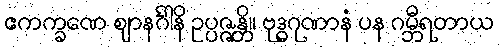
ဧကက္ခဏေ ဈာနင်္ဂါနိ ဥပ္ပဇ္ဇန္တိ။ ဗုဒ္ဓဂုဏာနံ ပန ဂမ္ဘီရတာယ